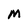
Character: M